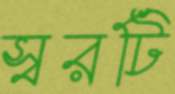
স্বরটি